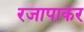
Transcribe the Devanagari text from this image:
रजापाकर